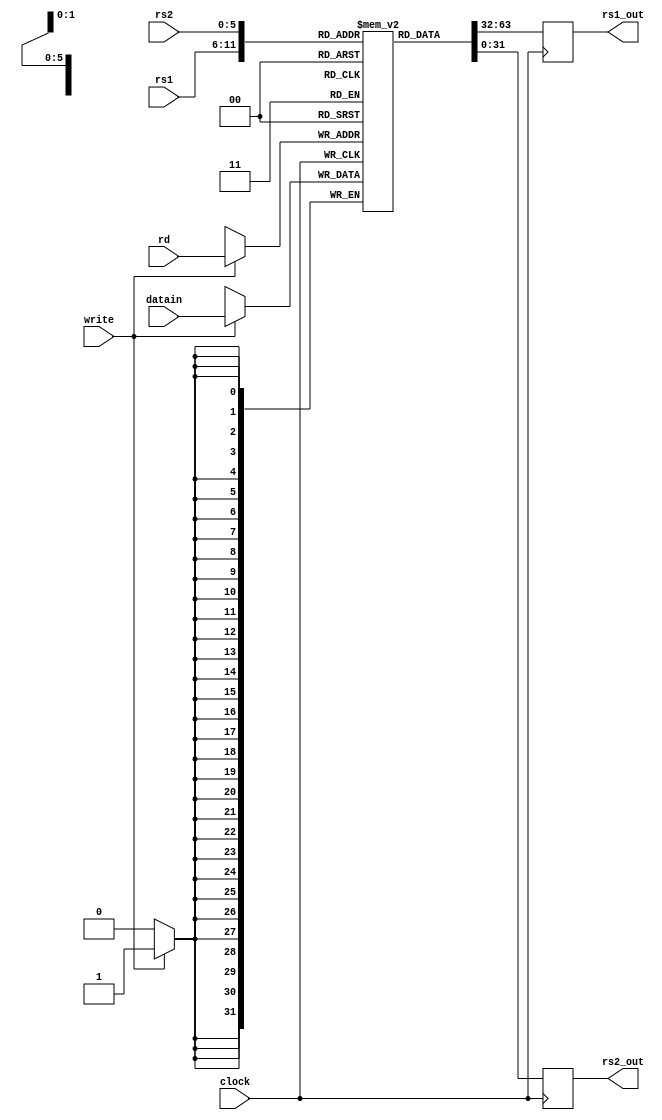
`timescale 1ns / 1ps
//////////////////////////////////////////////////////////////////////////////////
// Company: 
// Engineer: 
// 
// Design Name: 
// Module Name: lab3
// Project Name: 
// Target Devices: 
// Tool Versions: 
// Description: 
// 
// Dependencies: 
// 
// Revision:
// Revision 0.01 - File Created
// Additional Comments:
// 
//////////////////////////////////////////////////////////////////////////////////

module register(clock,write,rs1,rs2,rd,datain,rs1_out,rs2_out);
    input clock, write;
    input [5:0] rs1;
    input [5:0] rs2;
    input [5:0] rd;
    input [31:0] datain;
    reg [31:0] registers [63:0];
    output reg [31:0] rs1_out;
    output reg [31:0] rs2_out;
    
    initial
    begin
        registers[0] = 0;
        registers[2] = 2; // starting point in memory
        registers[3] = 4; // number of items n - 
        registers[20] = -100000; // MAX
    end
    
    always@(negedge clock)
    begin
        rs1_out = registers[rs1];
        rs2_out = registers[rs2];
    end
    
    always@(negedge clock)
    begin
         if(write == 1)
            registers[rd] = datain; 
    end
  
endmodule